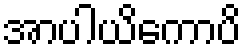
အာပါယိကောပိ